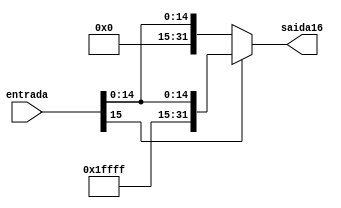
module Extensordebit(entrada,saida16);

input [15:0] entrada;
output reg [31:0] saida16;

always @(*) begin

	if(entrada[15] == 1'b1) // caso o bit mais significativo do dado for 1 isso quer dizer que  um nmero negativo
		saida16= {{16{1'b1}}, entrada};
	else 
		saida16 = {{16{1'b0}}, entrada};
end

endmodule